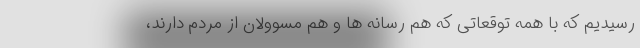
رسیدیم که با همه توقعاتی که هم رسانه ها و هم مسوولان از مردم دارند،